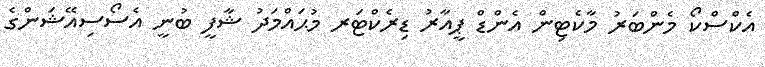
އެކްސްކޯ މެންބަރު މާކެޓިން އެންޑް ޕީއާރު ޑިރެކްޓަރ މުޙައްމަދު ޝާފީ ބުނީ އެސޯސިއޭޝަންގެ